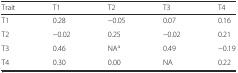
<table><thead><tr><td><b>Trait</b></td><td><b>T1</b></td><td><b>T2</b></td><td><b>T3</b></td><td><b>T4</b></td></tr></thead><tbody><tr><td>T1</td><td>0.28</td><td>−0.05</td><td>0.07</td><td>0.16</td></tr><tr><td>T2</td><td>−0.02</td><td>0.25</td><td>−0.02</td><td>0.21</td></tr><tr><td>T3</td><td>0.46</td><td>NA<sup>a</sup></td><td>0.49</td><td>−0.19</td></tr><tr><td>T4</td><td>0.30</td><td>0.00</td><td>NA</td><td>0.22</td></tr></tbody></table>